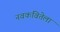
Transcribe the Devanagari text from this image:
नवकवितेला